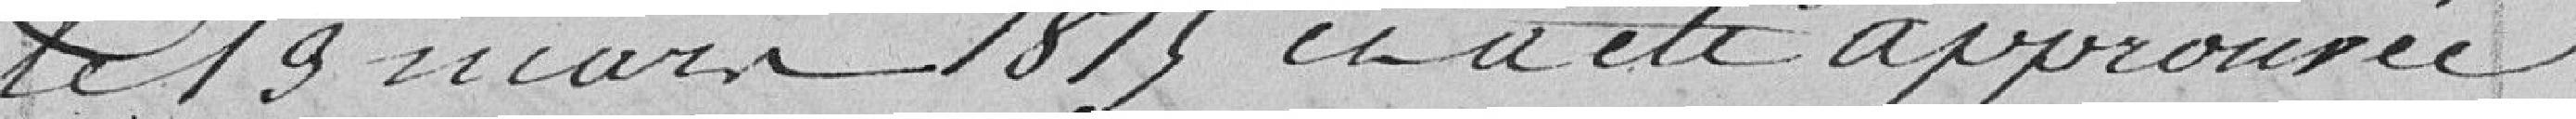
le 19 mars 1875 en a été approuvée